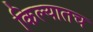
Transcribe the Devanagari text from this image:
किल्यातच